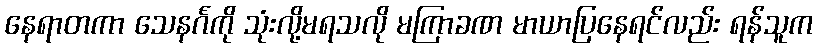
နေရာတကာ သေနင်္ဂကို သုံးလို့မရသလို မကြာခဏ မာယာပြနေရင်လည်း ရန်သူက